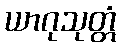
ယာဂုသုတ္တံ